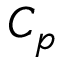
C _ { p }